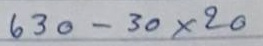
630 - 30 x 20